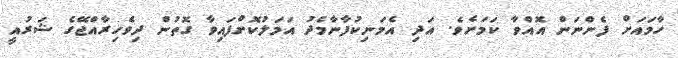
ހާމައަށް ފެންނަން އޮއްވާ ކަމަށެވެ. އަދި އެމަނިކުފާނާމެދު އަމަލުކޮށްފައިވާ ގޮތުން ދިވެހިރާއްޖޭގެ ޝަރުއީ